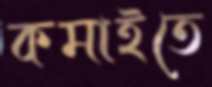
কমাইতে